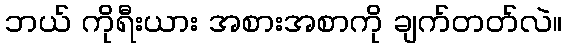
ဘယ် ကိုရီးယား အစားအစာကို ချက်တတ်လဲ။